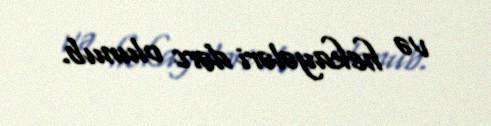
və hekayələri dərc olunub.